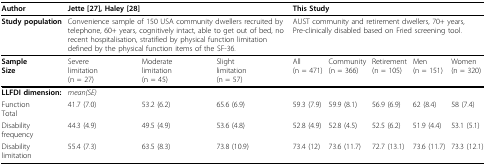
<table><thead><tr><td><b>Author</b></td><td colspan="3"><b>Jette [27], Haley[28]</b></td><td colspan="5"><b>This Study</b></td></tr></thead><tbody><tr><td><b>Study population</b></td><td colspan="3">Convenience sample of 150 USA community dwellers recruited by telephone, 60+ years, cognitively intact, able to get out of bed, no recent hospitalisation, stratified by physical function limitation defined by the physical function items of the SF-36.</td><td colspan="5">AUST community and retirement dwellers, 70+ years,Pre-clinically disabled based on Fried screening tool.</td></tr><tr><td><b>Sample</b><b>Size</b></td><td>Severelimitation(n = 27)</td><td>Moderatelimitation(n = 45)</td><td>Slightlimitation(n = 57)</td><td>All(n = 471)</td><td>Community(n = 366)</td><td>Retirement(n = 105)</td><td>Men(n = 151)</td><td>Women(n = 320)</td></tr><tr><td><b>LLFDI dimension:</b></td><td><i>mean(SE)</i></td><td></td><td></td><td></td><td></td><td></td><td></td><td></td></tr><tr><td>FunctionTotal</td><td>41.7 (7.0)</td><td>53.2 (6.2)</td><td>65.6 (6.9)</td><td>59.3 (7.9)</td><td>59.9 (8.1)</td><td>56.9 (6.9)</td><td>62 (8.4)</td><td>58 (7.4)</td></tr><tr><td>Disabilityfrequency</td><td>44.3 (4.9)</td><td>49.5 (4.9)</td><td>53.6 (4.8)</td><td>52.8 (4.9)</td><td>52.8 (4.5)</td><td>52.5 (6.2)</td><td>51.9 (4.4)</td><td>53.1 (5.1)</td></tr><tr><td>Disabilitylimitation</td><td>55.4 (7.3)</td><td>63.5 (8.3)</td><td>73.8 (10.9)</td><td>73.4 (12)</td><td>73.6 (11.7)</td><td>72.7 (13.1)</td><td>73.6 (11.7)</td><td>73.3 (12.1)</td></tr></tbody></table>